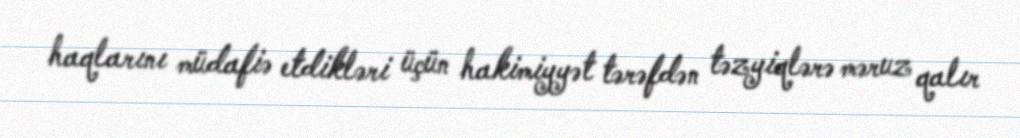
haqlarını müdafiə etdikləri üçün hakimiyyət tərəfdən təzyiqlərə məruz qalır